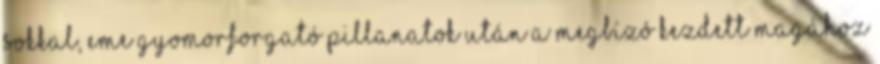
sokkal, eme gyomorforgató pillanatok után a megbízó kezdett magához